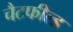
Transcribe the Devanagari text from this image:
चैटफील्ड